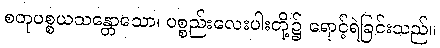
စတုပစ္စယသန္တောသော၊ ပစ္စည်းလေးပါးတို့၌ ရောင့်ရဲခြင်းသည်။